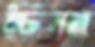
ঢিমা